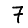
Digit: 7